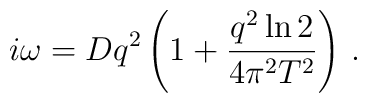
i\omega = D q^2 \left( 1 + {q^2 \ln{2}\over 4 \pi^2 T^2}\right)\,.